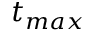
t _ { m a x }